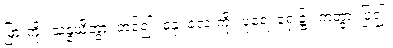
မြားကို။ သန္နယှိတွာ၊ တင်၍။ ဓနုံ၊ လေးကို။ ပုရေ၊ ရှေ့၌။ ကတွာ၊ ပြု၍။